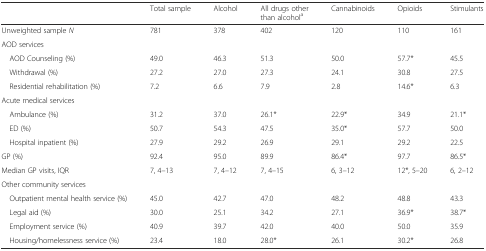
<table><thead><tr><td></td><td><b>Total sample</b></td><td><b>Alcohol</b></td><td><b>All drugs other than alcohol<sup>a</sup></b></td><td><b>Cannabinoids</b></td><td><b>Opioids</b></td><td><b>Stimulants</b></td></tr></thead><tbody><tr><td>Unweighted sample <i>N</i></td><td>781</td><td>378</td><td>402</td><td>120</td><td>110</td><td>161</td></tr><tr><td colspan="7">AOD services</td></tr><tr><td> AOD Counseling (%)</td><td>49.0</td><td>46.3</td><td>51.3</td><td>50.0</td><td>57.7*</td><td>45.5</td></tr><tr><td> Withdrawal (%)</td><td>27.2</td><td>27.0</td><td>27.3</td><td>24.1</td><td>30.8</td><td>27.5</td></tr><tr><td> Residential rehabilitation (%)</td><td>7.2</td><td>6.6</td><td>7.9</td><td>2.8</td><td>14.6*</td><td>6.3</td></tr><tr><td colspan="7">Acute medical services</td></tr><tr><td> Ambulance (%)</td><td>31.2</td><td>37.0</td><td>26.1*</td><td>22.9*</td><td>34.9</td><td>21.1*</td></tr><tr><td> ED (%)</td><td>50.7</td><td>54.3</td><td>47.5</td><td>35.0*</td><td>57.7</td><td>50.0</td></tr><tr><td> Hospital inpatient (%)</td><td>27.9</td><td>29.2</td><td>26.9</td><td>29.1</td><td>29.2</td><td>22.5</td></tr><tr><td>GP (%)</td><td>92.4</td><td>95.0</td><td>89.9</td><td>86.4*</td><td>97.7</td><td>86.5*</td></tr><tr><td>Median GP visits, IQR</td><td>7, 4–13</td><td>7, 4–12</td><td>7, 4–15</td><td>6, 3–12</td><td>12*, 5–20</td><td>6, 2–12</td></tr><tr><td colspan="7">Other community services</td></tr><tr><td> Outpatient mental health service (%)</td><td>45.0</td><td>42.7</td><td>47.0</td><td>48.2</td><td>48.8</td><td>43.3</td></tr><tr><td> Legal aid (%)</td><td>30.0</td><td>25.1</td><td>34.2</td><td>27.1</td><td>36.9*</td><td>38.7*</td></tr><tr><td> Employment service (%)</td><td>40.9</td><td>39.7</td><td>42.0</td><td>40.0</td><td>50.0</td><td>35.9</td></tr><tr><td> Housing/homelessness service (%)</td><td>23.4</td><td>18.0</td><td>28.0*</td><td>26.1</td><td>30.2*</td><td>26.8</td></tr></tbody></table>